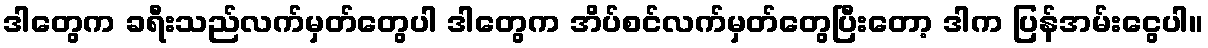
ဒါတွေက ခရီးသည်လက်မှတ်တွေပါ ဒါတွေက အိပ်စင်လက်မှတ်တွေပြီးတော့ ဒါက ပြန်အမ်းငွေပါ။